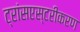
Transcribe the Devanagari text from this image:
ट्रांसएस्टरीकरण